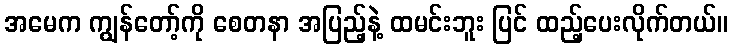
အမေက ကျွန်တော့်ကို စေတနာ အပြည့်နဲ့ ထမင်းဘူး ပြင် ထည့်ပေးလိုက်တယ်။